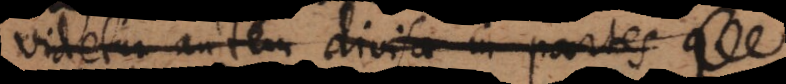
Videtur autem divisa in partes q